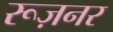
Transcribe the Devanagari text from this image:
रूज़नर